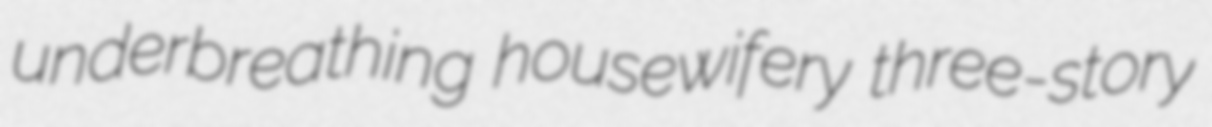
underbreathing housewifery three-story